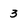
Character: 3